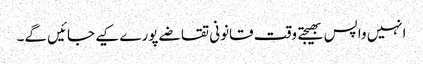
انہیں واپس بھیجتے وقت قانونی تقاضے پورے کیے جائیں گے۔